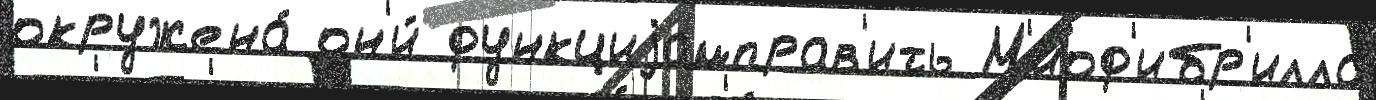
окружена́ он'и́ функциjамправ'ить М'иоф'ибр'илла